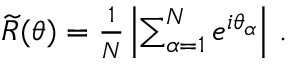
\begin{array} { r } { \widetilde { R } ( \theta ) = \frac { 1 } { N } \left| \sum _ { \alpha = 1 } ^ { N } e ^ { i \theta _ { \alpha } } \right| \, . } \end{array}